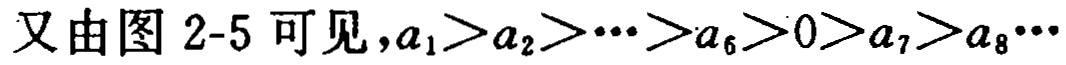
又由图 2-5 可见，\(a_{1}>a_{2}>\cdots >a_{6}>0>a_{7}>a_{8}\cdots\)